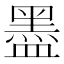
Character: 𥂮